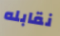
نقابله